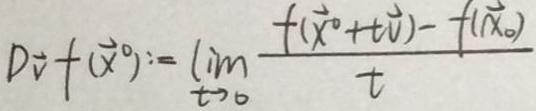
$D\vec{v}f(\vec{x}^0):=\lim_{t \to 0} \frac{f(\vec{x}^0 + t\vec{v}) - f(\vec{x}_0)}{t}$